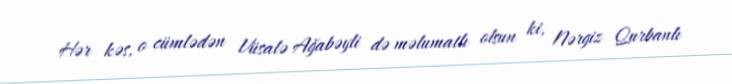
Hər kəs, o cümlədən Vüsalə Ağabəyli də məlumatlı olsun ki, Nərgiz Qurbanlı